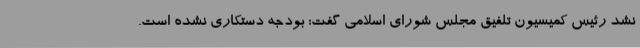
نشد رئیس کمیسیون تلفیق مجلس شوراي اسلامي گفت: بودجه دستکاری نشده است.